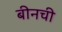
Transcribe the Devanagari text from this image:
बीनची